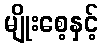
မျိုးစေ့နှင့်